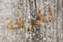
لغرفة